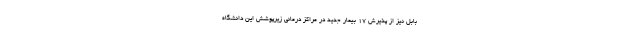
بابل نیز از پذیرش 17 بیمار جدید در مراکز درمانی زیرپوشش این دانشگاه